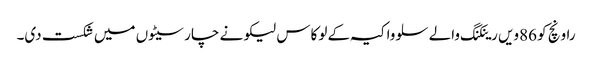
راونچ کو 86ویں رینکنگ والے سلوواکیہ کے لوکاس لیکو نے چار سیٹوں میں شکست دی۔